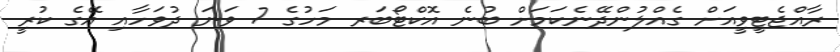
ރާއްޖެޓީވީއަށް ގެއްލުންދޭނެކަމަށް ބުނެ އޮކްޓޯބަރ މަހުގެ 7 ވަނަ ދުވަހާއި އޭގެ ކުރީ